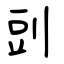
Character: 剅